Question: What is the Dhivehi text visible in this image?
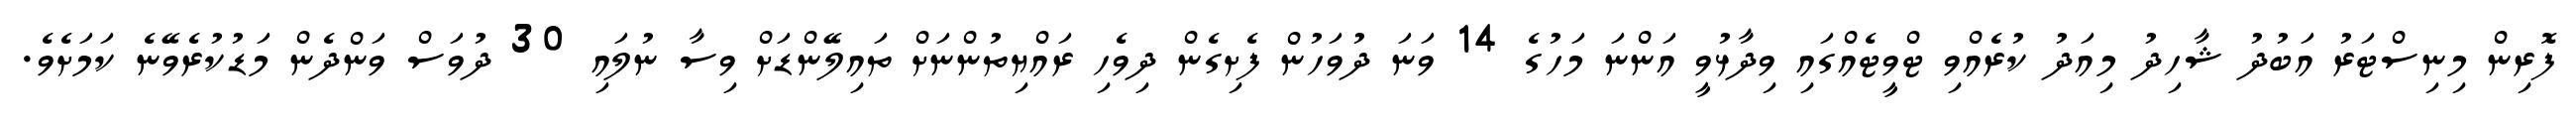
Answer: ފޮރިން މިނިސްޓަރު އަބުދު ޝާހިދު މިއަދު ކުރެއްވި ޓްވީޓެއްގައި ވިދާޅުވީ އަންނަ މަހުގެ 14 ވަނަ ދުވަހުން ފެށިގެން ދިވެހި ރައްޔިތުންނަށް ތައިލޭންޑަށް ވިސާ ނުލައި 30 ދުވަސް ވަންދެން މަޑުކުރެވޭނެ ކަމަށެވެ.